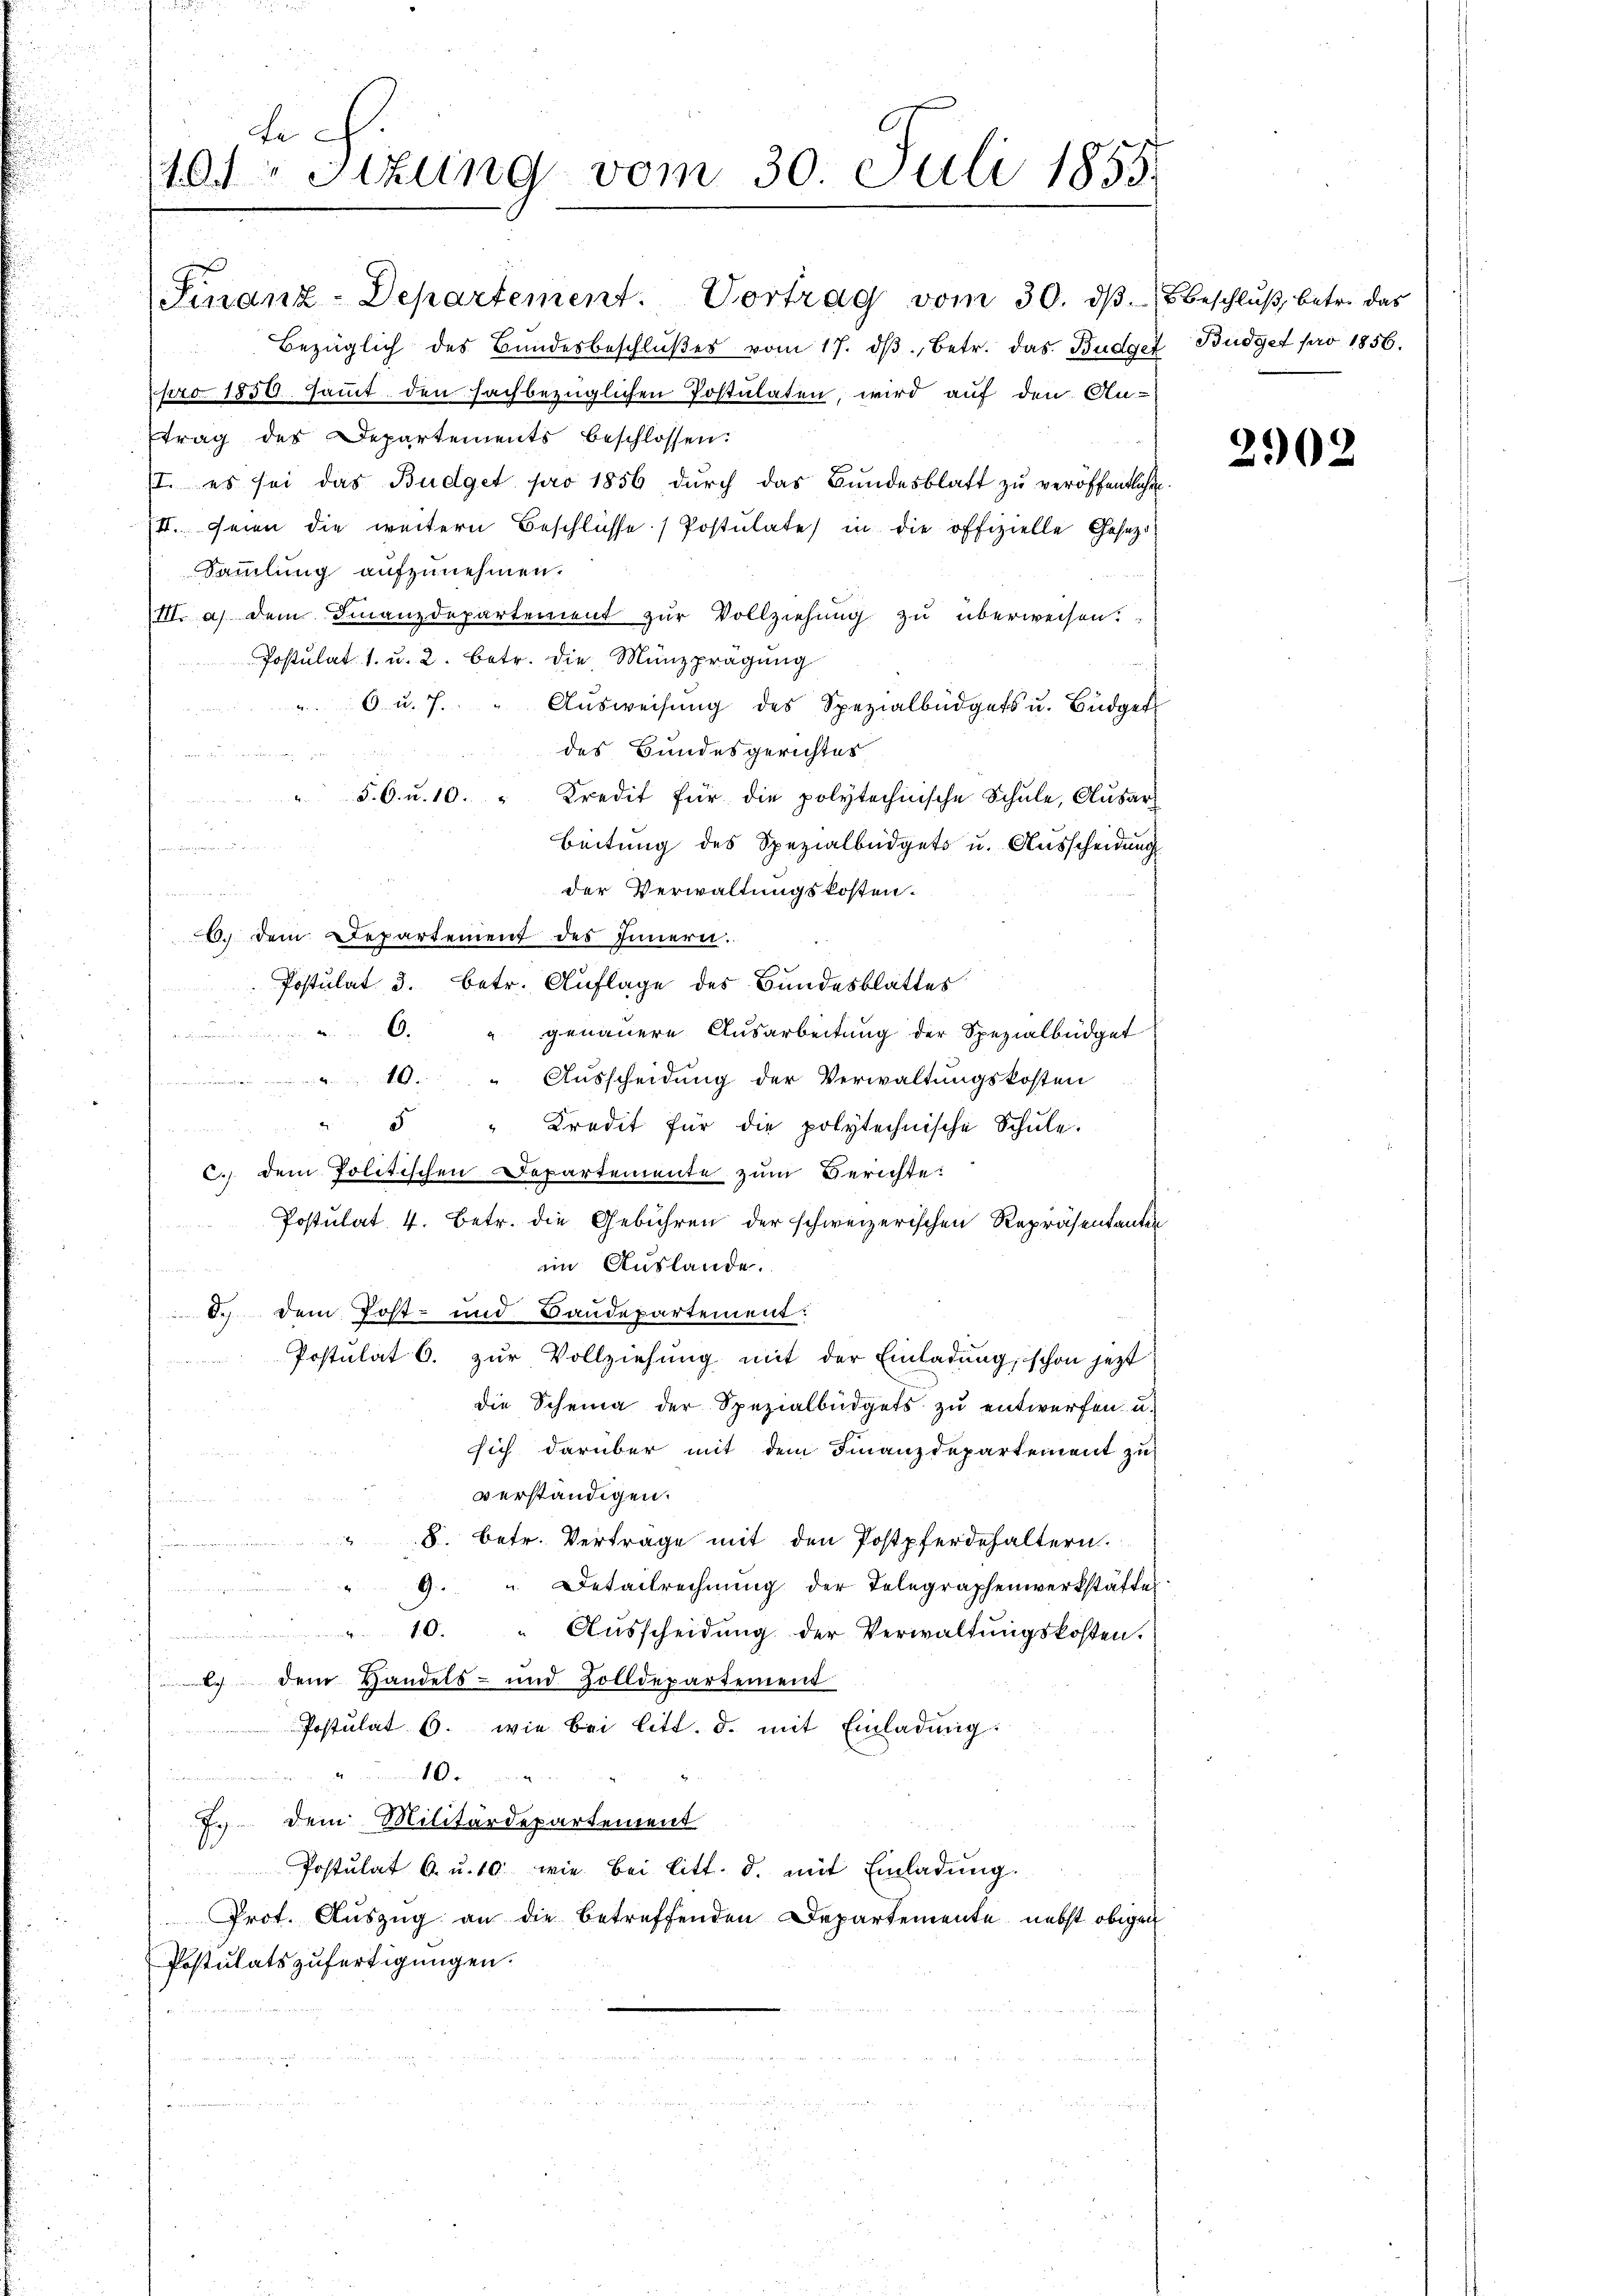
tech
101 Sitzung vom 30. Juli 1855.

Finanz-Departement. Vortrag vom 30. dβ.
Bezüglich des Bundesbeschlŭβes vom 17. dβ betr. das Budget
pro 1850 sammt den sachbezüglichen Postulaten, wird auf den An-
trag des Departements beschlossen:
I. es sei das Budget pro 1856 durch das Bundesblatt zu veröffentliche
III. Seien die weitern Beschlüsse (Postulate in die offizielle Gesetzt
Sammlung aufzunehmen.
III. a) dem Finanzdepartement zŭr Vollziehung zu überweisen.
Postulat 1. u. 2. betr. die Münzprägung
6 u. 7. " Aŭsweisŭng des Spezialbüdgets u. Büdget
des Bundesgerichtes
.
.
" 5.6. u. 10. " Kredit für die polytechische Schŭle, Aŭsar-

Beitung des Spezialbüdgets u. Ausscheidung
e
der Verwaltungskosten.
dass der aller unter eines der weit
6. Dem Departement des Innern.
 Postulat d. betr. Auflage des Bundesblattes
C. genauere Ausarbeitung der Spezialbüdget
10." Ausscheidung der Verwaltungskosten
5
Kredit für die polytechnische Schŭle.
e
c.) dem Politischen Departemente zum Berichte:
Postulat 4. betr. die Gebühren der schweizerischen Repräsentanten
im Auslande.
u
6.) Dem Post- und Bandepartement:
Postulat 6. zur Vollziehung mit der Einladung, schon jetzt
die Scheina der Spezialbüdgets zu entwerfen u.
sich darüber mit dem Finanzdepartement zu
verständigen.
.
8. betr. Vertrage mit den Postpferdehaltern.
u
G u Oetallrechnung der Telegraphenwerkstatten
 10. Ausscheidŭng der Verwaltŭngskosten.
 dem Handels- und Zolldepartement
Postulat 6. wie bei litt. d. mit Einladung

7.) Dem Militärdepartement
Postulat 6. u. 10. wie bei litt. d. mit Einladŭng.
.
Prot. Auszug an die betreffenden Departemente nebst obigen
Postulatszufertigungen.

Beschluß, betr. das
Budget pro 1856.

2902